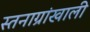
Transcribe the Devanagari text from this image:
स्तनाग्रांखाली